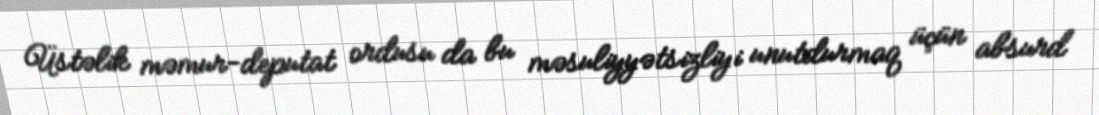
Üstəlik məmur-deputat ordusu da bu məsuliyyətsizliyi unutdurmaq üçün absurd